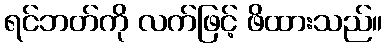
ရင်ဘတ်ကို လက်ဖြင့် ဖိထားသည်။